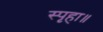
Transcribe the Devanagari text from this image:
स्पृहा॥